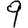
Digit: 9